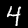
Digit: 4